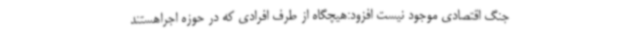
جنگ اقتصادی موجود نیست افزود:هیچگاه از طرف افرادی که در حوزه اجراهستند